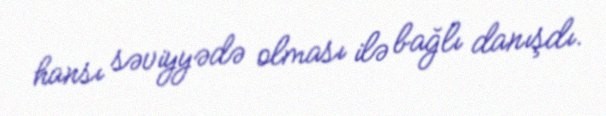
hansı səviyyədə olması ilə bağlı danışdı.